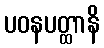
ပဝနပတ္ထာနိ